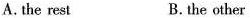
A.the rest B.the other